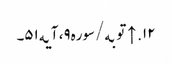
۱۲. ↑ توبه/سوره۹، آیه۵۱۔